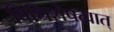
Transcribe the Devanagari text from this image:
विधिशेषत्वात्